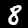
Digit: 8